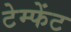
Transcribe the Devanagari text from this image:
टेम्फेंट